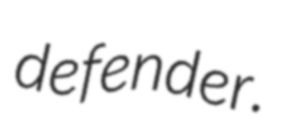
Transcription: defender.